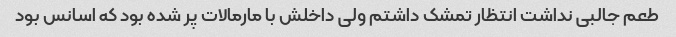
طعم جالبی نداشت انتظار تمشک داشتم ولی داخلش با مارمالات پر شده بود که اسانس بود